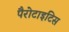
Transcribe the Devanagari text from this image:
पैरोटाइटिस